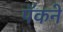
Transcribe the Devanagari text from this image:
पॅकने